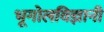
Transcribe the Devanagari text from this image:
भूगोलविज्ञानी